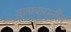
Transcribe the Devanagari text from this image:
वातावारानीय